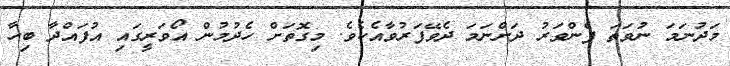
މަދުނަމަ ނުވަތަ ފެންވަރު ދަށްނަމަ ދެވޭފަރުވާއެކެވެ. މިގޮތަށް ހެދުމުން އޯވަރީގައި އުފައްދާ ބިހާ